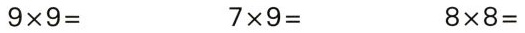
$$9 \times 9 =$$ $$7 \times 9 =$$ $$8 \times 8 =$$